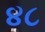
૪૮